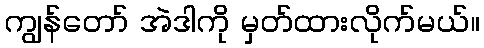
ကျွန်တော် အဲဒါကို မှတ်ထားလိုက်မယ်။